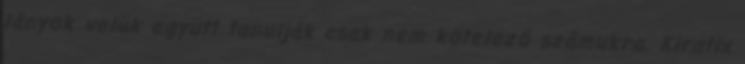
lányok velük együtt tanulják csak nem kötelező számukra. Kiratix